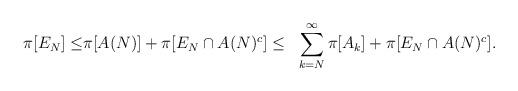
LaTeX: \begin{align*}\begin{aligned}\pi[E_N]\leq &\pi[A(N)]+\pi[E_N\cap A(N)^c ] \leq &\sum_{k=N}^\infty \pi[A_k]+\pi[E_N\cap A(N)^c].\end{aligned}\end{align*}